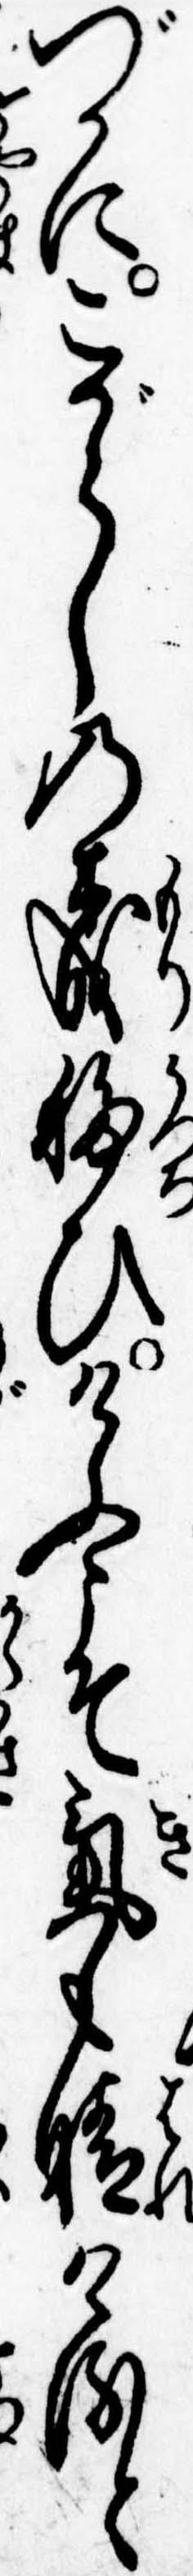
づかにこがらしの森移ひけふこそ気も晴けると